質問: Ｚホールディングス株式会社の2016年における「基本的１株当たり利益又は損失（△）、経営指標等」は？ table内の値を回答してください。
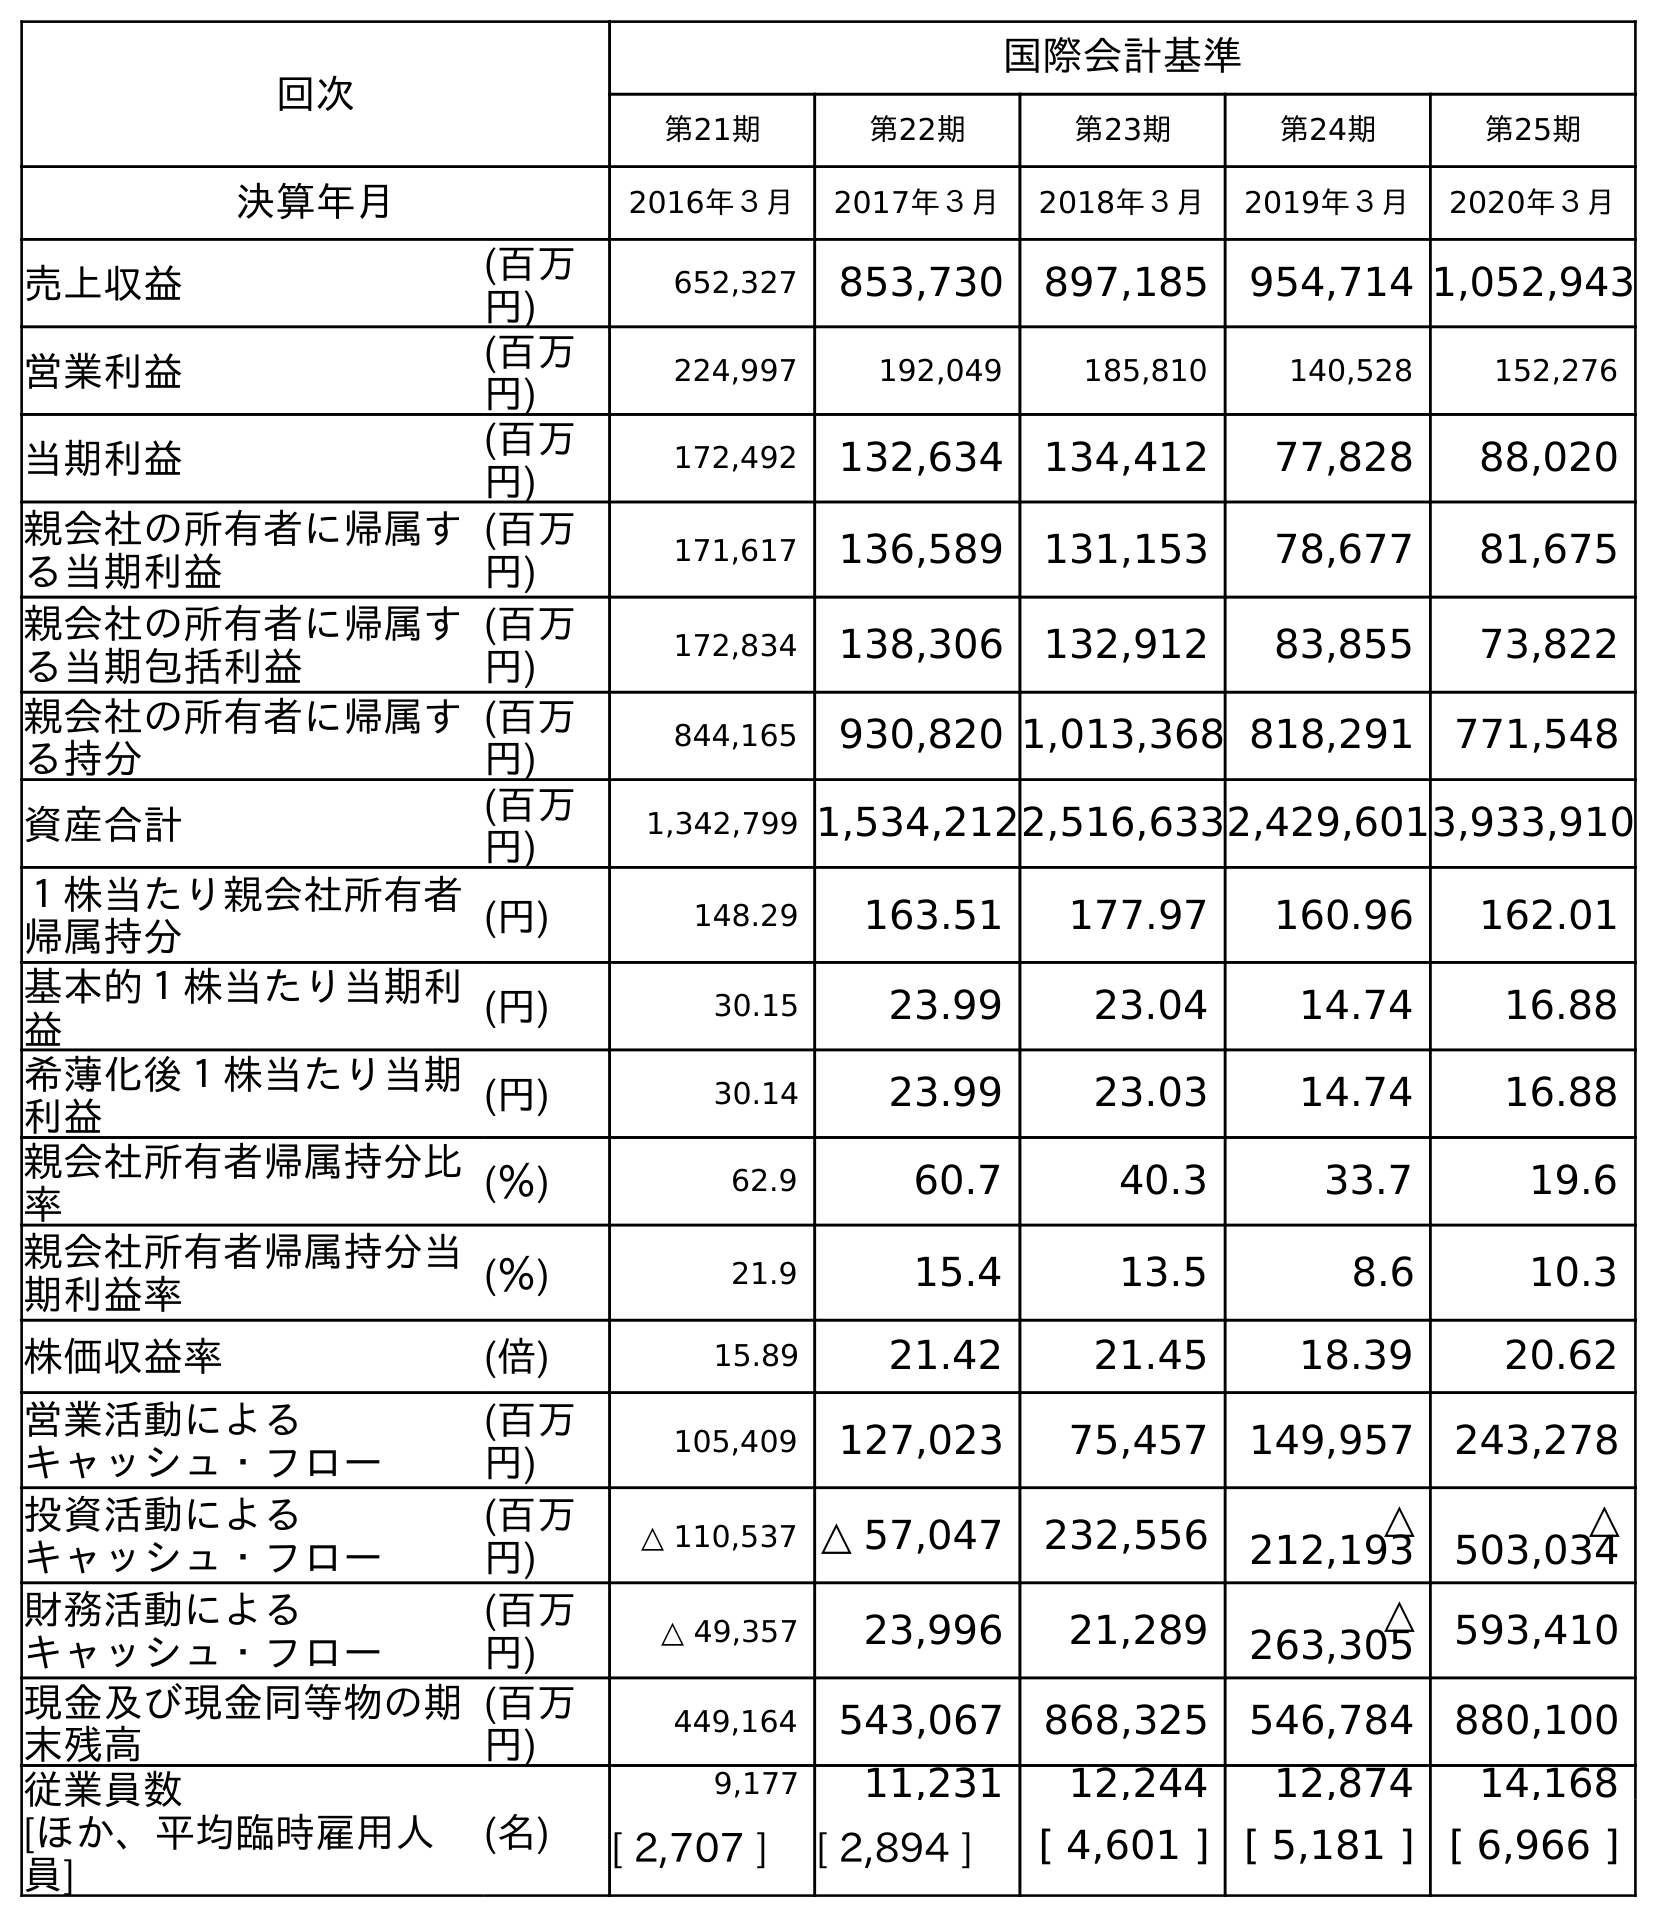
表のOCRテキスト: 回次 国際会計基準 第21期 第22期 第23期 第24期 第25期 決算年月 2016年３月 2017年３月 2018年３月 2019年３月 2020年３月 売上収益 (百万 円) 652,327 853,730 897,185 954,714 1,052,943 営業利益 (百万 円) 224,997 192,049 185,810 140,528 152,276 当期利益 (百万 円) 172,492 132,634 134,412 77,828 88,020 親会社の所有者に帰属す る当期利益 (百万 円) 171,617 136,589 131,153 78,677 81,675 親会社の所有者に帰属す る当期包括利益 (百万 円) 172,834 138,306 132,912 83,855 73,822 親会社の所有者に帰属す る持分 (百万 円) 844,165 930,820 1,013,368 818,291 771,548 資産合計 (百万 円) 1,342,799 1,534,2122,516,6332,429,6013,933,910 １株当たり親会社所有者 帰属持分 (円) 148.29 163.51 177.97 160.96 162.01 基本的１株当たり当期利 益 (円) 30.15 23.99 23.04 14.74 16.88 希薄化後１株当たり当期 利益 (円) 30.14 23.99 23.03 14.74 16.88 親会社所有者帰属持分比 率 (％) 62.9 60.7 40.3 33.7 19.6 親会社所有者帰属持分当 期利益率 (％) 21.9 15.4 13.5 8.6 10.3 株価収益率 (倍) 15.89 21.42 21.45 18.39 20.62 営業活動による キャッシュ・フロー (百万 円) 105,409 127,023 75,457 149,957 243,278 投資活動による キャッシュ・フロー (百万 円) △ 110,537 △ 57,047 232,556 △ 212,193 △ 503,034 財務活動による キャッシュ・フロー (百万 円) △ 49,357 23,996 21,289 △ 263,305 593,410 現金及び現金同等物の期 末残高 (百万 円) 449,164 543,067 868,325 546,784 880,100 従業員数 [ほか、平均臨時雇用人 員] (名) 9,177 11,231 12,244 12,874 14,168 [ 2,707 ] [ 2,894 ] [ 4,601 ] [ 5,181 ] [ 6,966 ]
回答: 30.15